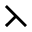
\leftthreetimes